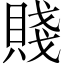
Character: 賤